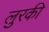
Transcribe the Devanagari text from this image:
लुरकी